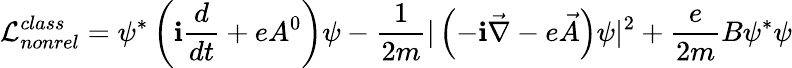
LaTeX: {\cal{L}}_{nonrel}^{class}=\psi^{*}\left(\mathbf{i}\frac{{d}}{{dt}}+eA^{0}\right)\psi-\frac{{1}}{{2m}}|\left(-\mathbf{i}\vec{{\nabla}}-e\vec{{A}}\right)\psi|^{2}+\frac{{e}}{{2m}}B\psi^{*}\psi